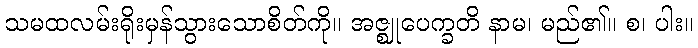
သမထလမ်းရိုးမှန်သွားသောစိတ်ကို။ အဇ္ဈုပေက္ခတိ နာမ၊ မည်၏။ စ၊ ပါး။